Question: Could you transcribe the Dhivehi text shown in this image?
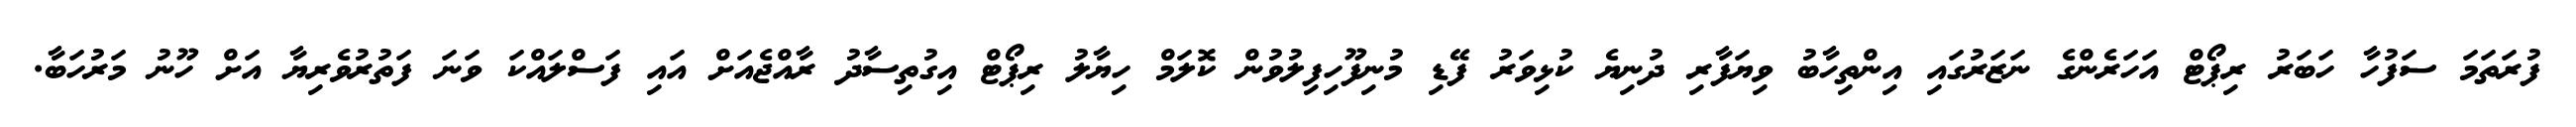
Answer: ފުރަތަމަ ސަފުހާ ހަބަރު ރިޕޯޓް އަހަރެންގެ ނަޒަރުގައި އިންތިހާބު ވިޔަފާރި ދުނިޔެ ކުޅިވަރު ފޭޑި މުނިފޫހިފިލުވުން ކޮލަމް ހިޔާލު ރިޕޯޓް އިގުތިސާދު ރާއްޖެއަށް އައި ފަސްލައްކަ ވަނަ ފަތުރުވެރިޔާ އަށް ހޫނު މަރުހަބާ.